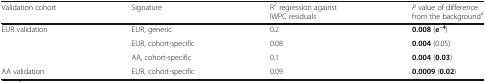
<table><thead><tr><td><b>Validation cohort</b></td><td><b>Signature</b></td><td><b>R<sup>2</sup> regression against IWPC residuals</b></td><td><b><i>P</i> value of difference from the background<sup>a</sup></b></td></tr></thead><tbody><tr><td rowspan="3">EUR validation</td><td>EUR, generic</td><td>0.2</td><td><b>0.008</b> (<b>e</b><sup><b>–4</b></sup>)</td></tr><tr><td>EUR, cohort-specific</td><td>0.08</td><td><b>0.004</b> (0.05)</td></tr><tr><td>AA, cohort-specific</td><td>0.1</td><td><b>0.004</b> (<b>0.03</b>)</td></tr><tr><td>AA validation</td><td>EUR, cohort-specific</td><td>0.09</td><td><b>0.0009</b> (<b>0.02</b>)</td></tr></tbody></table>